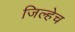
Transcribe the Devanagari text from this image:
जिल्हेच